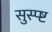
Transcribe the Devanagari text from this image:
सुस्प्ष्ट